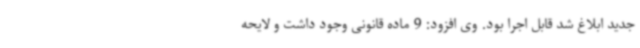
جدید ابلاغ شد قابل اجرا بود. وی افزود: 9 ماده قانونی وجود داشت و لایحه